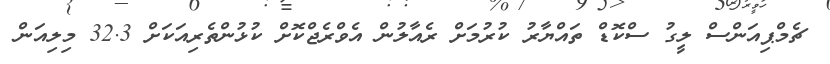
ޗެމްޕިއަންސް ލީގު ސްކޮޑް ތައްޔާރު ކުރުމަށް ރެއާލުން އެވްރެޖްކޮށް ކުޅުންތެރިއަކަށް 32.3 މިލިއަން